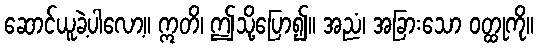
ဆောင်ယူခဲ့ပါလော့။ ဣတိ၊ ဤသို့ပြော၍။ အညံ၊ အခြားသော ဝတ္ထုကို။